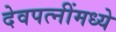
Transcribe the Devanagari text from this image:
देवपत्‍नींमध्ये